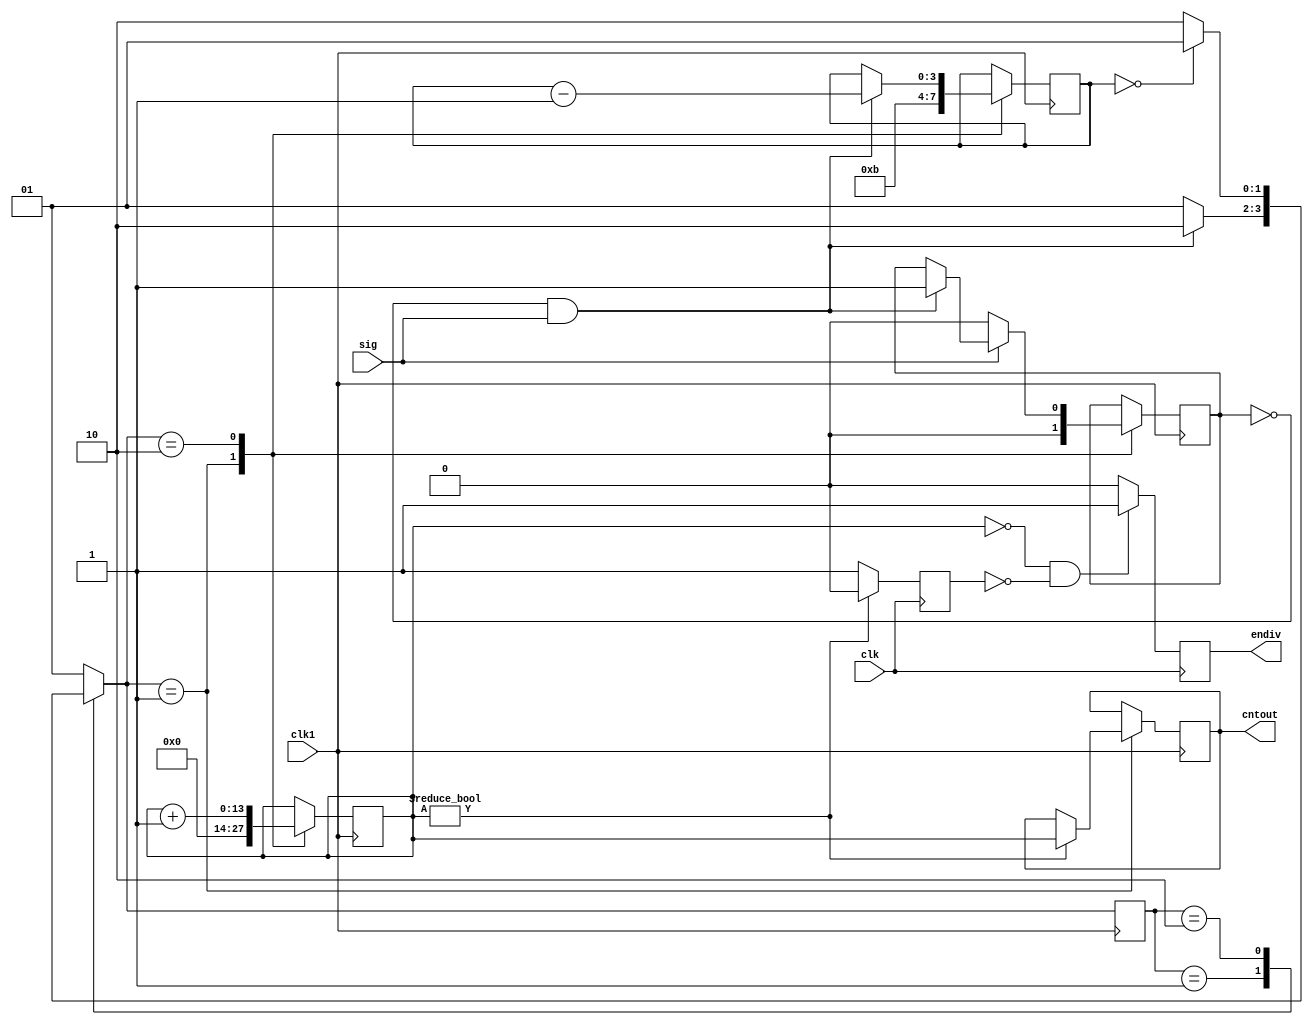
module count
(
    input clk, clk1,//20ns, 10us
    input sig,
    output reg endiv,
    output reg [13:0] cntout
);
    
    reg cnted;
    reg [3:0] cntslow;
    reg [13:0] cntfast;

    reg sent;

    parameter STOP = 2'b01, START = 2'b10;

    reg [1:0] cstate, nstate;

    always @(posedge clk1)
        cstate <= nstate;

    always @(*)
        case (cstate)
            STOP:
                if (!cnted && sig)
                    nstate = START;
                else
                    nstate = STOP;
            START:
                if (cntslow == 0)
                    nstate = STOP;
                else
                    nstate = START;
            default:
                nstate = STOP;
        endcase

    always @(posedge clk1) //cnted, cntslow, cntfast
        case (nstate)
            STOP: begin
                if (cnted && !sig)
                    cnted <= 0;
                cnted <= 0;
                cntslow <= 11;
                if (cntfast != 0)
                    cntout <= cntfast;
                cntfast <= 0;
            end
            START: begin
                if (!cnted && sig) begin
                    cntslow <= cntslow - 1;
                    cnted <= 1;
                end
                if (!sig)
                    cnted <= 0;
                cntfast <= cntfast + 1;
            end
        endcase

    always @(posedge clk) //sent
        if (cntfast != 0)
            sent <= 0;
        else
            sent <= 1;

    always @(posedge clk) //endiv
        if (cntfast == 0 && !sent)
            endiv <= 1;
        else
            endiv <= 0;


endmodule